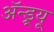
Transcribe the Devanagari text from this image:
अॅन्ड्र्यू